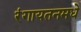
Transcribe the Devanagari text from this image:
रंगायतनमधे